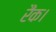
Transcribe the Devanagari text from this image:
रैंक।